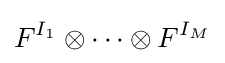
F^{I_{1}}\otimes \cdots \otimes F^{I_{M}}